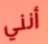
أنني